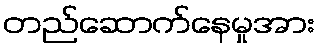
တည်ဆောက်နေမှုအား